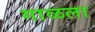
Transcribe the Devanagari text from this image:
गाळला